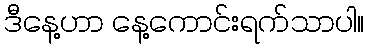
ဒီနေ့ဟာ နေ့ကောင်းရက်သာပါ။